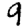
Digit: 9